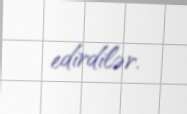
edirdilər.